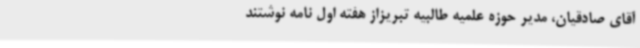
آقای صادقیان، مدیر حوزه علمیه طالبیه تبریزاز هفته اول نامه نوشتند